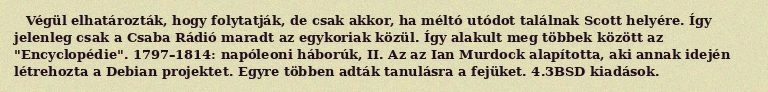
Végül elhatározták, hogy folytatják, de csak akkor, ha méltó utódot találnak Scott helyére. Így jelenleg csak a Csaba Rádió maradt az egykoriak közül. Így alakult meg többek között az "Encyclopédie". 1797–1814: napóleoni háborúk, II. Az az Ian Murdock alapította, aki annak idején létrehozta a Debian projektet. Egyre többen adták tanulásra a fejüket. 4.3BSD kiadások.